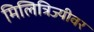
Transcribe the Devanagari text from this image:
मिलित्रिज्यीवर